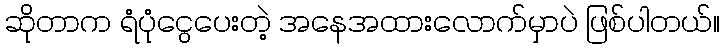
ဆိုတာက ရံပုံငွေပေးတဲ့ အနေအထားလောက်မှာပဲ ဖြစ်ပါတယ်။